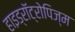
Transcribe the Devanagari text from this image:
हाइड्रॉट्रोपिज्म